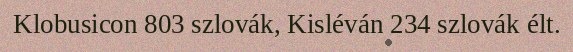
Klobusicon 803 szlovák, Kisléván 234 szlovák élt.